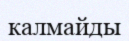
калмайды